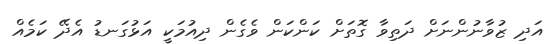
އަދި ޒުވާނުންނަށް ދަތިވާ ގޮތަށް ކަންކަން ވެގެން ދިއުމަކީ އަޅުގަނޑު އެދޭ ކަމެއް